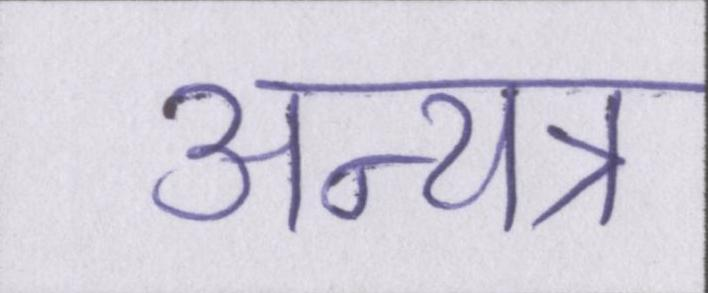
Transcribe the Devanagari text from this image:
अन्यत्र